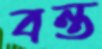
বন্ত